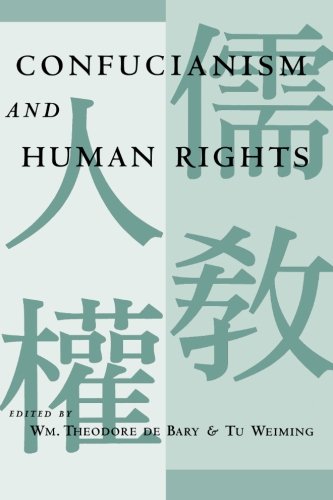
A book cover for Confucianism and Human Rights; Wm. Theodore de Bary; Religion & Spirituality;